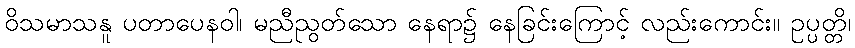
ဝိသမာသနူ ပတာပေနဝါ၊ မညီညွတ်သော နေရာ၌ နေခြင်းကြောင့် လည်းကောင်း။ ဥပ္ပတ္တိ၊